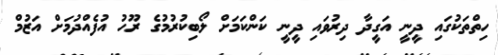
ހިތްތަކުގައި ދީނީ އަގީދާ ދިރުވައި ދީނީ ކަންކަމަށް ލޯބިކުރުމުގެ ރޫހު އުފެއްދުމަށް އަޒުމް